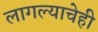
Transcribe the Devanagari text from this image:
लागल्याचेही